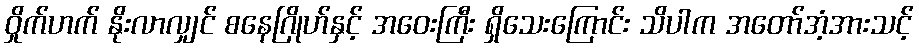
ဝှိုက်ဟက် နိုးလာလျှင် စနေဂြိုဟ်နှင့် အဝေးကြီး ရှိသေးကြောင်း သိပါက အတော်အံ့အားသင့်